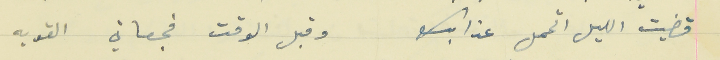
قضيت الليل اتحمل عذابك                                   وقبل الوقت فجعاتي القويه